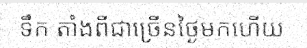
ទឹក តាំងពីជាច្រើនថ្ងៃមកហើយ